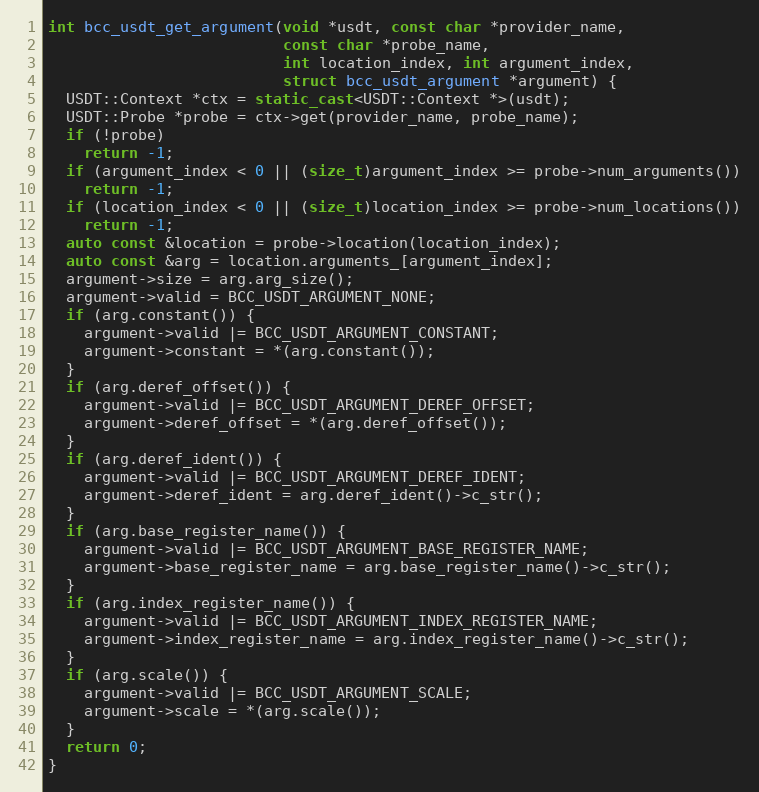
Language: C++
int bcc_usdt_get_argument(void *usdt, const char *provider_name,
                          const char *probe_name,
                          int location_index, int argument_index,
                          struct bcc_usdt_argument *argument) {
  USDT::Context *ctx = static_cast<USDT::Context *>(usdt);
  USDT::Probe *probe = ctx->get(provider_name, probe_name);
  if (!probe)
    return -1;
  if (argument_index < 0 || (size_t)argument_index >= probe->num_arguments())
    return -1;
  if (location_index < 0 || (size_t)location_index >= probe->num_locations())
    return -1;
  auto const &location = probe->location(location_index);
  auto const &arg = location.arguments_[argument_index];
  argument->size = arg.arg_size();
  argument->valid = BCC_USDT_ARGUMENT_NONE;
  if (arg.constant()) {
    argument->valid |= BCC_USDT_ARGUMENT_CONSTANT;
    argument->constant = *(arg.constant());
  }
  if (arg.deref_offset()) {
    argument->valid |= BCC_USDT_ARGUMENT_DEREF_OFFSET;
    argument->deref_offset = *(arg.deref_offset());
  }
  if (arg.deref_ident()) {
    argument->valid |= BCC_USDT_ARGUMENT_DEREF_IDENT;
    argument->deref_ident = arg.deref_ident()->c_str();
  }
  if (arg.base_register_name()) {
    argument->valid |= BCC_USDT_ARGUMENT_BASE_REGISTER_NAME;
    argument->base_register_name = arg.base_register_name()->c_str();
  }
  if (arg.index_register_name()) {
    argument->valid |= BCC_USDT_ARGUMENT_INDEX_REGISTER_NAME;
    argument->index_register_name = arg.index_register_name()->c_str();
  }
  if (arg.scale()) {
    argument->valid |= BCC_USDT_ARGUMENT_SCALE;
    argument->scale = *(arg.scale());
  }
  return 0;
}